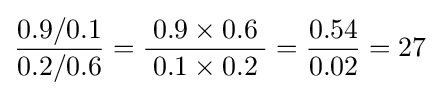
{0.9/0.1 \over 0.2/0.6}={\frac {\;0.9\times 0.6\;}{\;0.1\times 0.2\;}}={0.54 \over 0.02}=27